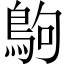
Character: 𪀊